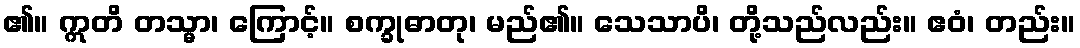
၏။ ဣတိ တသ္မာ၊ ကြောင့်။ စက္ခုဓာတု၊ မည်၏။ သေသာပိ၊ တို့သည်လည်း။ ဧဝံ၊ တည်း။